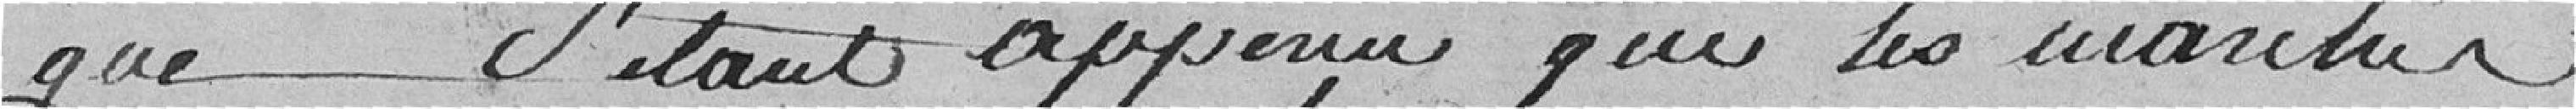
que s'étant               que les marchés